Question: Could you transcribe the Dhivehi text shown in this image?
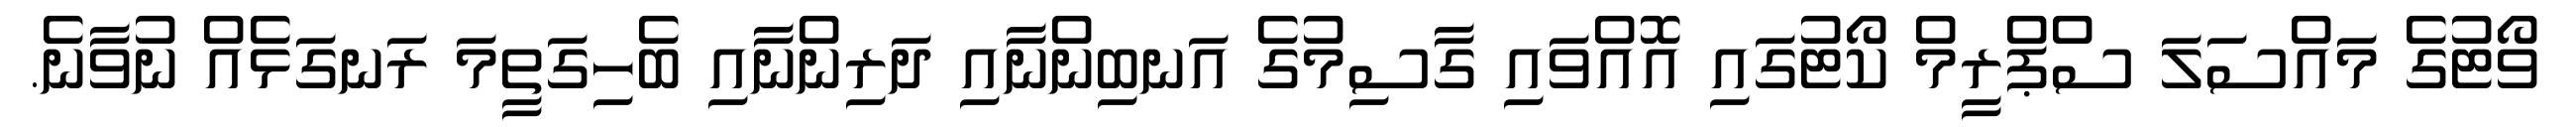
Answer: ވޯޓުގެ މައްސަލަ ސްޕްރީމް ކޯޓުގައި އޮއްވައި ގާސިމުގެ އަނބިންނާއި ދަރިންނާއި ބެހިގަތީމަ ރަނގަޅެއް ނުވާނެ.